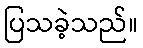
ပြသခဲ့သည်။